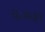
ઘઝાફર